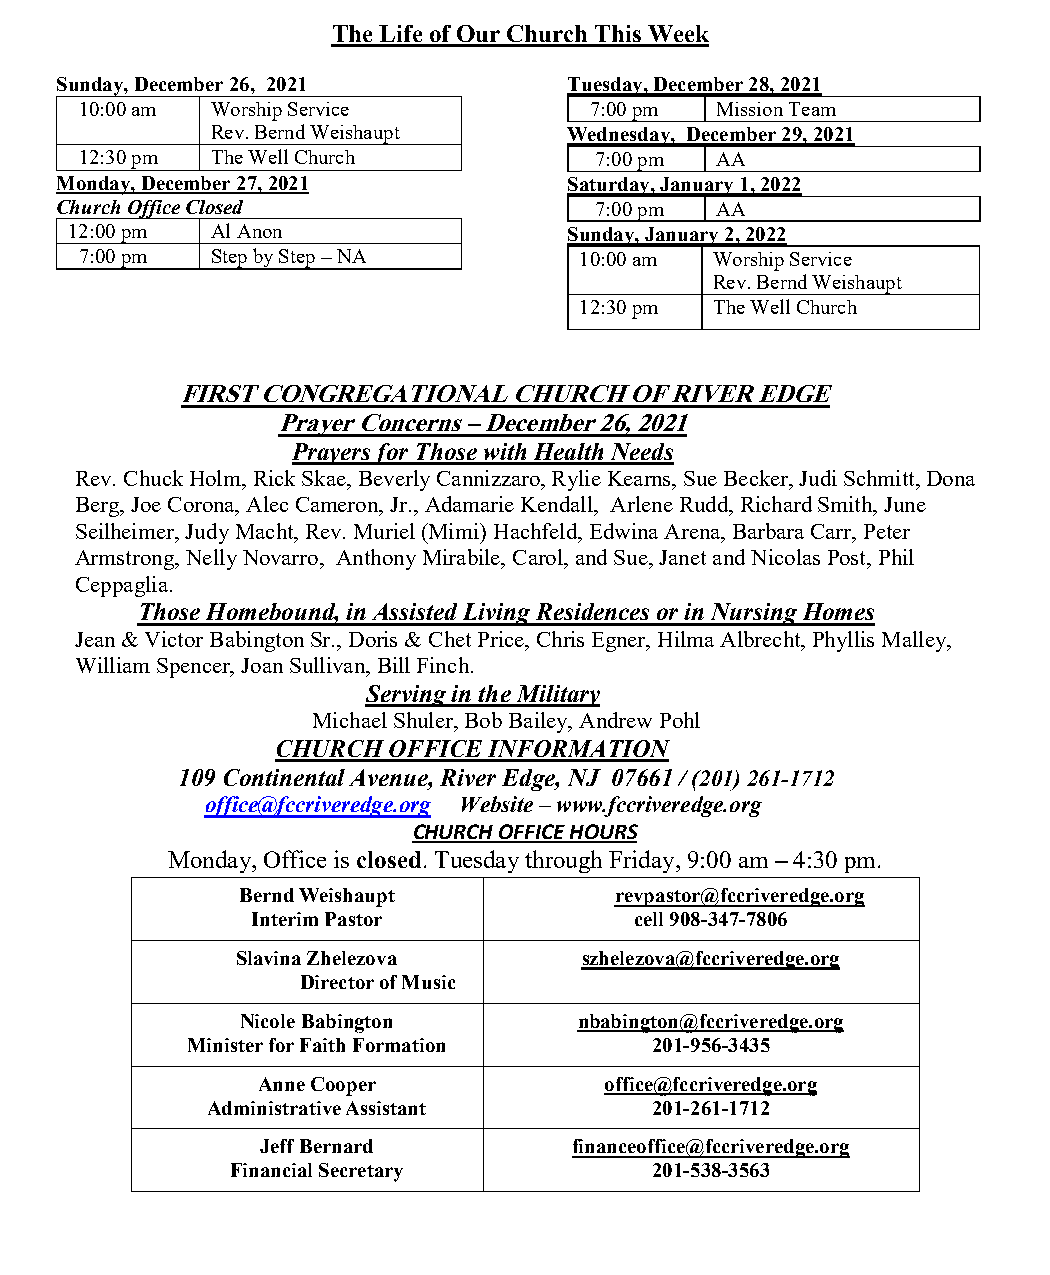
The Life of Our Church This Week
 Sunday, December 26, 2021         Tuesday, December 28, 2021
 10:00 am Worship Service          7:00 pm Mission Team
 Rev. Bernd Weishaupt    Wednesday, December 29, 2021
 12:30 pm The Well Church          7:00 pm AA
 Monday, December 27, 2021         Saturday, January 1, 2022
 Church Office Closed               7:00 pm AA
 12:00 pm Al Anon                 Sunday, January 2, 2022
 7:00 pm  Step by Step – NA       10:00 am Worship Service
 Rev. Bernd Weishaupt
 12:30 pm The Well Church
 FIRST CONGREGATIONAL  CHURCH  OF RIVER EDGE
 Prayer Concerns – December 26, 2021
 Prayers for Those with Health Needs
 Rev. Chuck Holm, Rick Skae, Beverly Cannizzaro, Rylie Kearns, Sue Becker, Judi Schmitt, Dona
 Berg, Joe Corona, Alec Cameron, Jr., Adamarie Kendall, Arlene Rudd, Richard Smith, June
 Seilheimer, Judy Macht, Rev. Muriel (Mimi) Hachfeld, Edwina Arena, Barbara Carr, Peter
 Armstrong, Nelly Novarro, Anthony Mirabile, Carol, and Sue, Janet and Nicolas Post, Phil
 Ceppaglia.
 Those Homebound, in Assisted Living Residences or in Nursing Homes
 Jean & Victor Babington Sr., Doris & Chet Price, Chris Egner, Hilma Albrecht, Phyllis Malley,
 William Spencer, Joan Sullivan, Bill Finch.
 Serving in the Military
 Michael Shuler, Bob Bailey, Andrew Pohl
 CHURCH  OFFICE INFORMATION
 109 Continental Avenue, River Edge, NJ 07661 / (201) 261-1712
 office@fccriveredge.org Website – www.fccriveredge.org
 CHURCH OFFICE HOURS
 Monday, Office is closed. Tuesday through Friday, 9:00 am – 4:30 pm.
 Bernd Weishaupt          revpastor@fccriveredge.org
 Interim Pastor           cell 908-347-7806
 Slavina Zhelezova      szhelezova@fccriveredge.org
 Direct          Director of Music
 Nicole Babington      nbabington@fccriveredge.org
 Minister for Faith Formation   201-956-3435
 Anne Cooper            office@fccriveredge.org
 Administrative Assistant     201-261-1712
 Jeff Bernard         financeoffice@fccriveredge.org
 Financial Secretary         201-538-3563